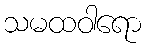
သမထဝါရော